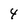
Character: 4